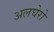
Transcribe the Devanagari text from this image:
अलघेरो